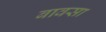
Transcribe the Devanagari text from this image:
बावसा